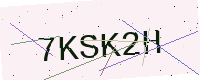
Text: 7KSK2H